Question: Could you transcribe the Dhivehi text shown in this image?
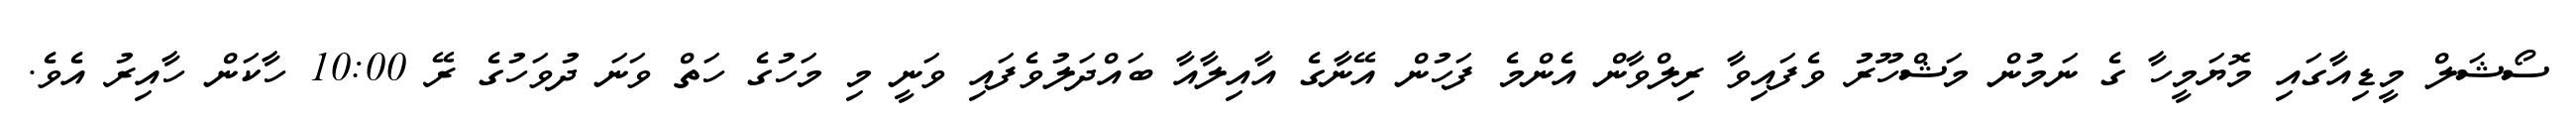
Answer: ސޯޝަލް މީޑިއާގައި މޮޔަމީހާ ގެ ނަމުން މަޝްހޫރު ވެފައިވާ ރިލްވާން އެންމެ ފަހުން އޭނާގެ އާއިލާއާ ބައްދަލުވެފައި ވަނީ މި މަހުގެ ހަތް ވަނަ ދުވަހުގެ ރޭ 10:00 ހާކަން ހާއިރު އެވެ.